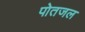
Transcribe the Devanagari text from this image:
पोतजल